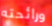
ورائحته